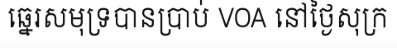
ឆ្នេរសមុទ្របានប្រាប់ VOA នៅថ្ងៃសុក្រ